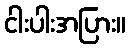
ငါးပါးအပြား။